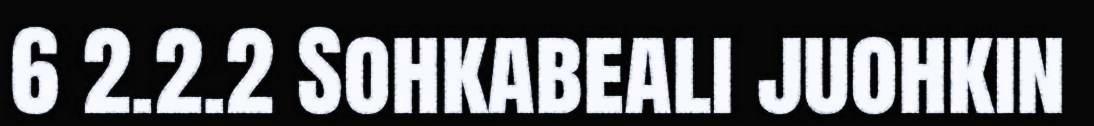
6 2.2.2 Sohkabeali juohkin